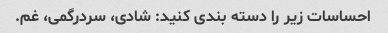
احساسات زیر را دسته بندی کنید: شادی، سردرگمی، غم.